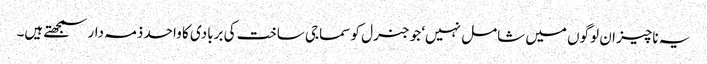
یہ ناچیز ان لوگوں میں شامل نہیں‘ جو جنرل کو سماجی ساخت کی بربادی کا واحد ذمہ دار سمجھتے ہیں۔